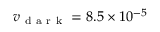
v _ { \mathrm { ~ d ~ a ~ r ~ k ~ } } = 8 . 5 \times 1 0 ^ { - 5 }